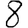
Digit: 8